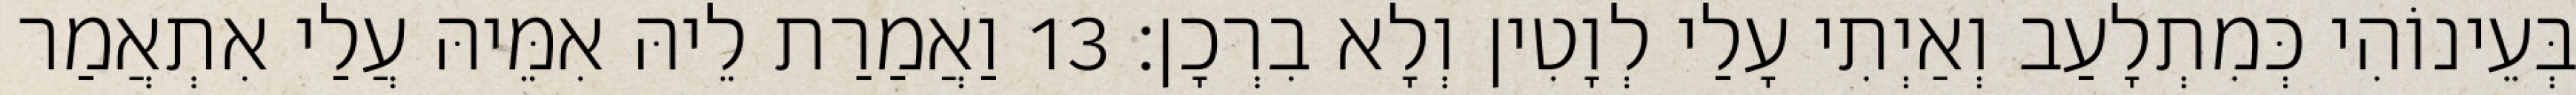
בְּעֵינוֹהִי כְּמִתְלָעַב וְאַיְתִי עָלַי לְוָטִין וְלָא בִרְכָן׃ 13 וַאֲמַרַת לֵיהּ אִמֵּיהּ עֲלַי אִתְאֲמַר